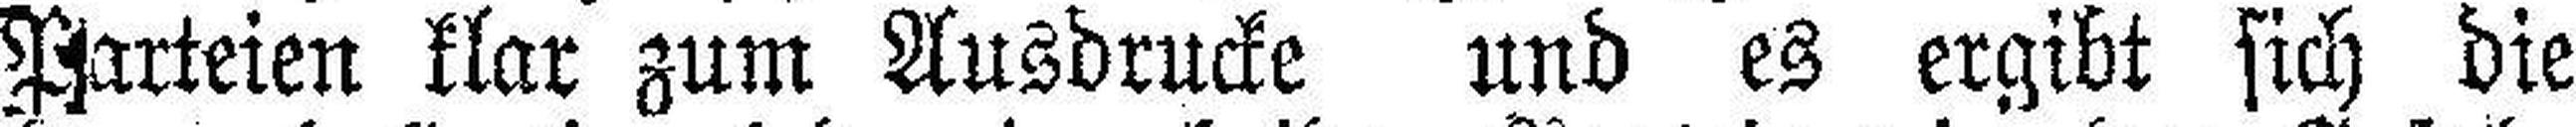
Parteien klar zum Ausdrucke und es ergibt sich die